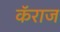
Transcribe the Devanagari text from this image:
कॅराज